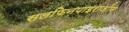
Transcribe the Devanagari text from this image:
सलफिनपाइराज़ोन